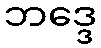
ဘဒ္ဒေ